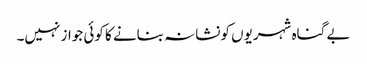
بے گناہ شہریوں کونشانہ بنانے کا کوئی جواز نہیں۔